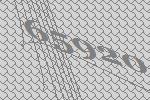
65920